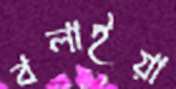
বলাইয়া